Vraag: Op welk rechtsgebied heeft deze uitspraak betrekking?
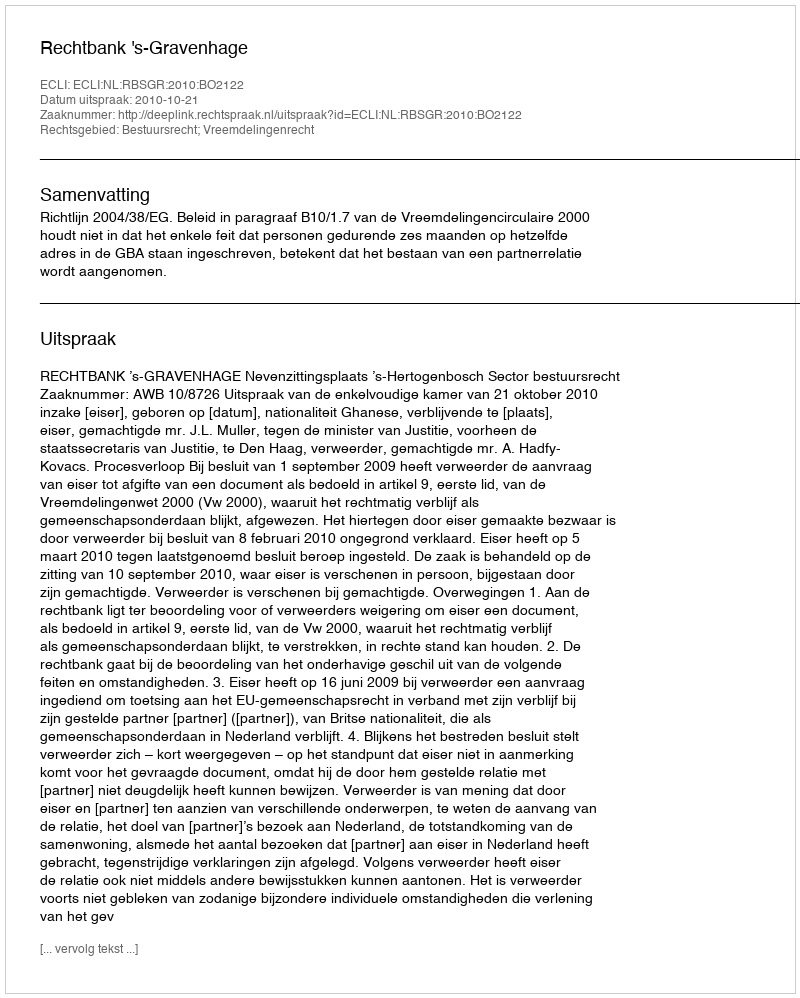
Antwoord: Bestuursrecht; Vreemdelingenrecht